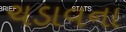
ચડાવના